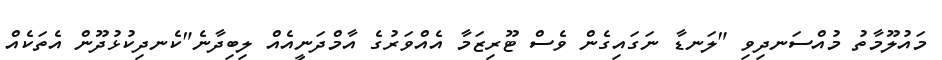
މައުލޫމާތު މުއްސަނދިވި "ލަނޑާ ނަގައިގެން ވެސް ޓޫރިޒަމާ އެއްވަރުގެ އާމްދަނީއެއް ލިބިދާނެ"ކެނދިކުޅުދޫން އެތަކެއް